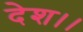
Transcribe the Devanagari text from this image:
देश।।